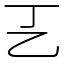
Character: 㐉